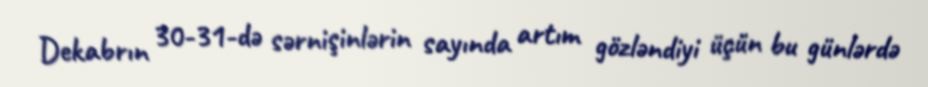
Dekabrın 30-31-də sərnişinlərin sayında artım gözləndiyi üçün bu günlərdə